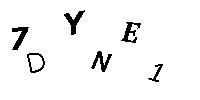
7DYNE1